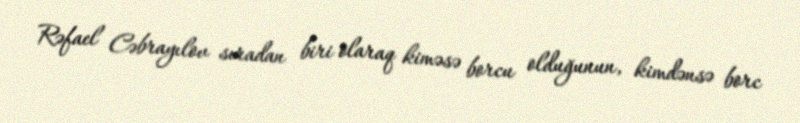
Rəfael Cəbrayılov sıradan biri olaraq kiməsə borcu olduğunun, kimdənsə borc